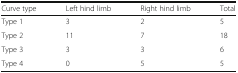
| Curve type | Left hind limb | Right hind limb | Total |
 | --- | --- | --- | --- |
 | Type 1 | 3 | 2 | 5 |
 | Type 2 | 11 | 7 | 18 |
 | Type 3 | 3 | 3 | 6 |
 | Type 4 | 0 | 5 | 5 |